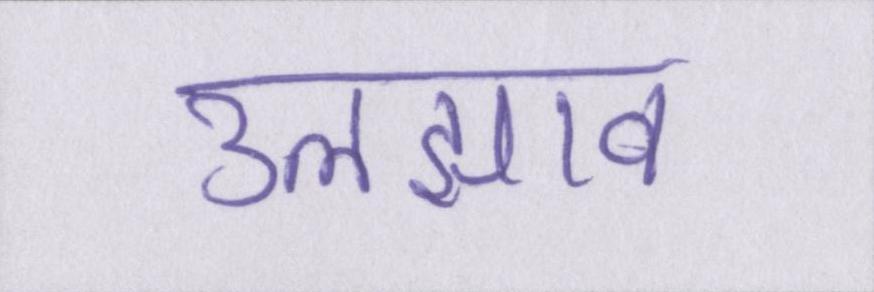
उलझाव